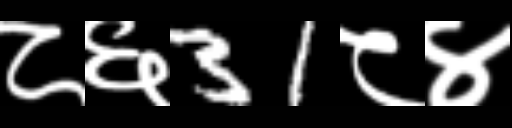
Text: ८६31८४